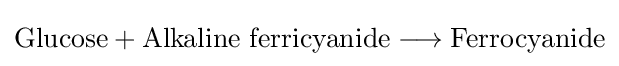
\mathrm {Glucose} +\mathrm {Alkaline\ ferricyanide} \longrightarrow \mathrm {Ferrocyanide}